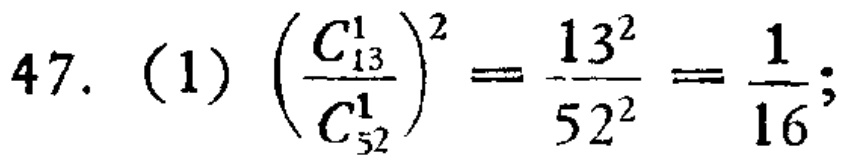
47. (1) $\left(\frac{C_{13}^1}{C_{52}^1}\right)^2=\frac{13^2}{52^2}=\frac{1}{16}$;